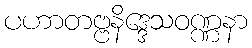
ပဟာတဗ္ဗနိဒ္ဒေသဝဏ္ဏနာ